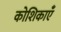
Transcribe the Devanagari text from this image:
कोशिकाऍं